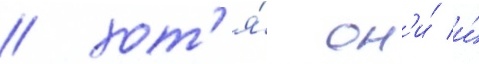
/ хот'я́ он'и́ и́